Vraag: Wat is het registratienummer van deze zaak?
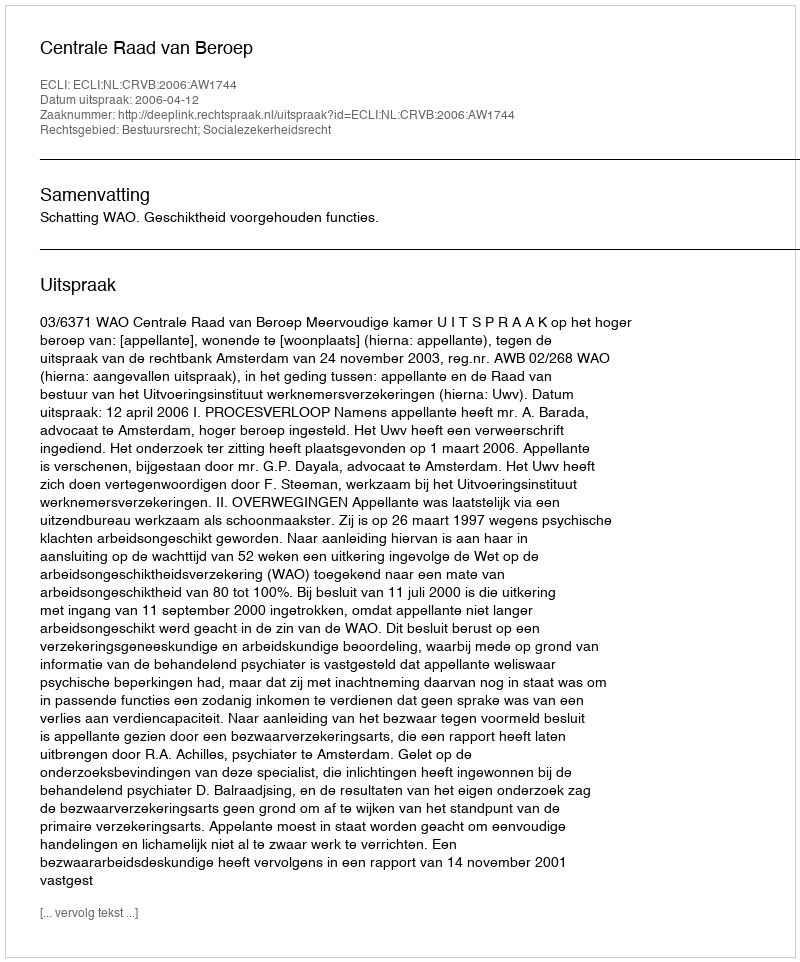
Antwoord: http://deeplink.rechtspraak.nl/uitspraak?id=ECLI:NL:CRVB:2006:AW1744